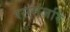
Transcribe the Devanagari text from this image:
रसमंजरि